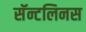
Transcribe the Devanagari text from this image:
सॅन्टलिनस